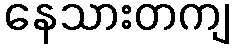
နေသားတကျ